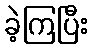
ခဲ့ကြပြီး